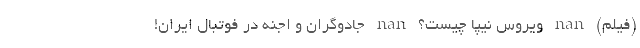
(فیلم) nan ویروس نیپا چیست؟ nan جادوگران و اجنه در فوتبال ایران!